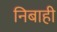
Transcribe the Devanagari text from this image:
निबाही